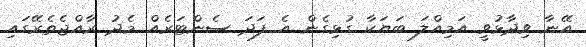
އޭނާ ވިދާޅުވީ އަމިއްލަ ބަަޔަކާ ގުޅިގެން އެ ފަދަ ސެންޓަރެއް މެދު ރާއްޖެތެރޭގައި